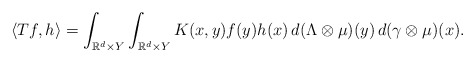
\begin{align*}\langle Tf, h\rangle=\int_{\mathbb{R}^d\times Y}\int_{\mathbb{R}^d\times Y}K(x,y)f(y)h(x)\,d(\Lambda\otimes \mu)(y)\,d(\gamma\otimes \mu)(x).\end{align*}